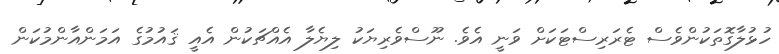
ހުޅުލާގޮތަކުންވެސް ޓެރަރިސްޓަކަށް ވަނީ އެވެ. ނޫސްވެރިޔަކު ލިޔެލާ އެއްޗަކުން އެއީ ޤައުމުގެ އަމަންއާންމުކަން